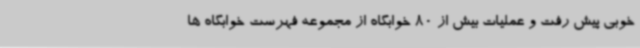
خوبی پیش رفت و عملیات بیش از 80 خوابگاه از مجموعه فهرست خوابگاه ها